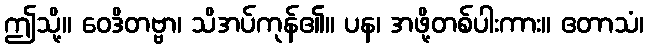
ဤသို့။ ဝေဒိတဗ္ဗာ၊ သိအပ်ကုန်၏။ ပန၊ အဖို့တစ်ပါးကား။ ဧတာသံ၊